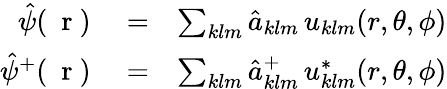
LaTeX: \begin{array}{rlr}{\hat{\psi}(\mathrm{~\mathbf~r~})}&{{}=}&{\sum_{klm}\hat{a}_{klm}\, u_{klm}(r,\theta,\phi)}\\ {\hat{\psi}^{+}(\mathrm{~\mathbf~r~})}&{{}=}&{\sum_{klm}\hat{a}_{klm}^{+}\, u_{klm}^{*}(r,\theta,\phi)}\end{array}